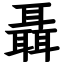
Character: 聶